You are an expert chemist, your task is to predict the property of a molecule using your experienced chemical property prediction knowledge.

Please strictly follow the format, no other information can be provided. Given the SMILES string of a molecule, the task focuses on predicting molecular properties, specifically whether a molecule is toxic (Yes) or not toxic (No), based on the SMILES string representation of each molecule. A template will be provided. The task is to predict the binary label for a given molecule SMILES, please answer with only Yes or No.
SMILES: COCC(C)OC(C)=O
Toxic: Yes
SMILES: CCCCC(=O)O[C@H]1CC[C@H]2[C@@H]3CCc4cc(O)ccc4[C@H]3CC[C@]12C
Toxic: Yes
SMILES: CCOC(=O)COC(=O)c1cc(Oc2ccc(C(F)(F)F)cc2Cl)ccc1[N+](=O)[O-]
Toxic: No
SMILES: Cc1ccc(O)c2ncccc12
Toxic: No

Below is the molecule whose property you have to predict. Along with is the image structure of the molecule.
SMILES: CCCCCCCCCCn1cc[n+](CCCCCCCCCC)c1C
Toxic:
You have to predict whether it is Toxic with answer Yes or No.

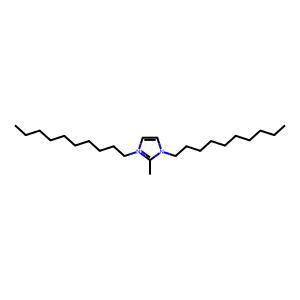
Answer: No